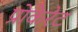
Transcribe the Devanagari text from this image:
प्रोकेरेट